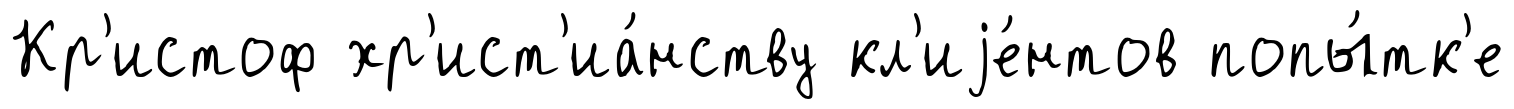
Кр'истоф хр'ист'иа́нству кл'иjе́нтов попы́тк'е